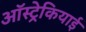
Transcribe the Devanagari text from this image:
ऑस्ट्रेकियाई